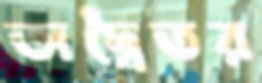
অদ্বৈতর